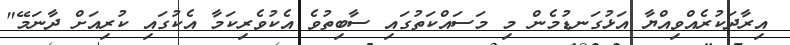
އިރާދަކުރެއްވިއްޔާ އަޅުގަނޑުމެން މި މަސައްކަތުގައި ސާބިތުވެ އެކުވެރިކަމާ އެކުގައި ކުރިއަށް ދާނަމޭ"